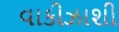
વાકીઝાશી